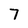
Character: 7